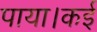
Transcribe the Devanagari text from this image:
पाया।कई